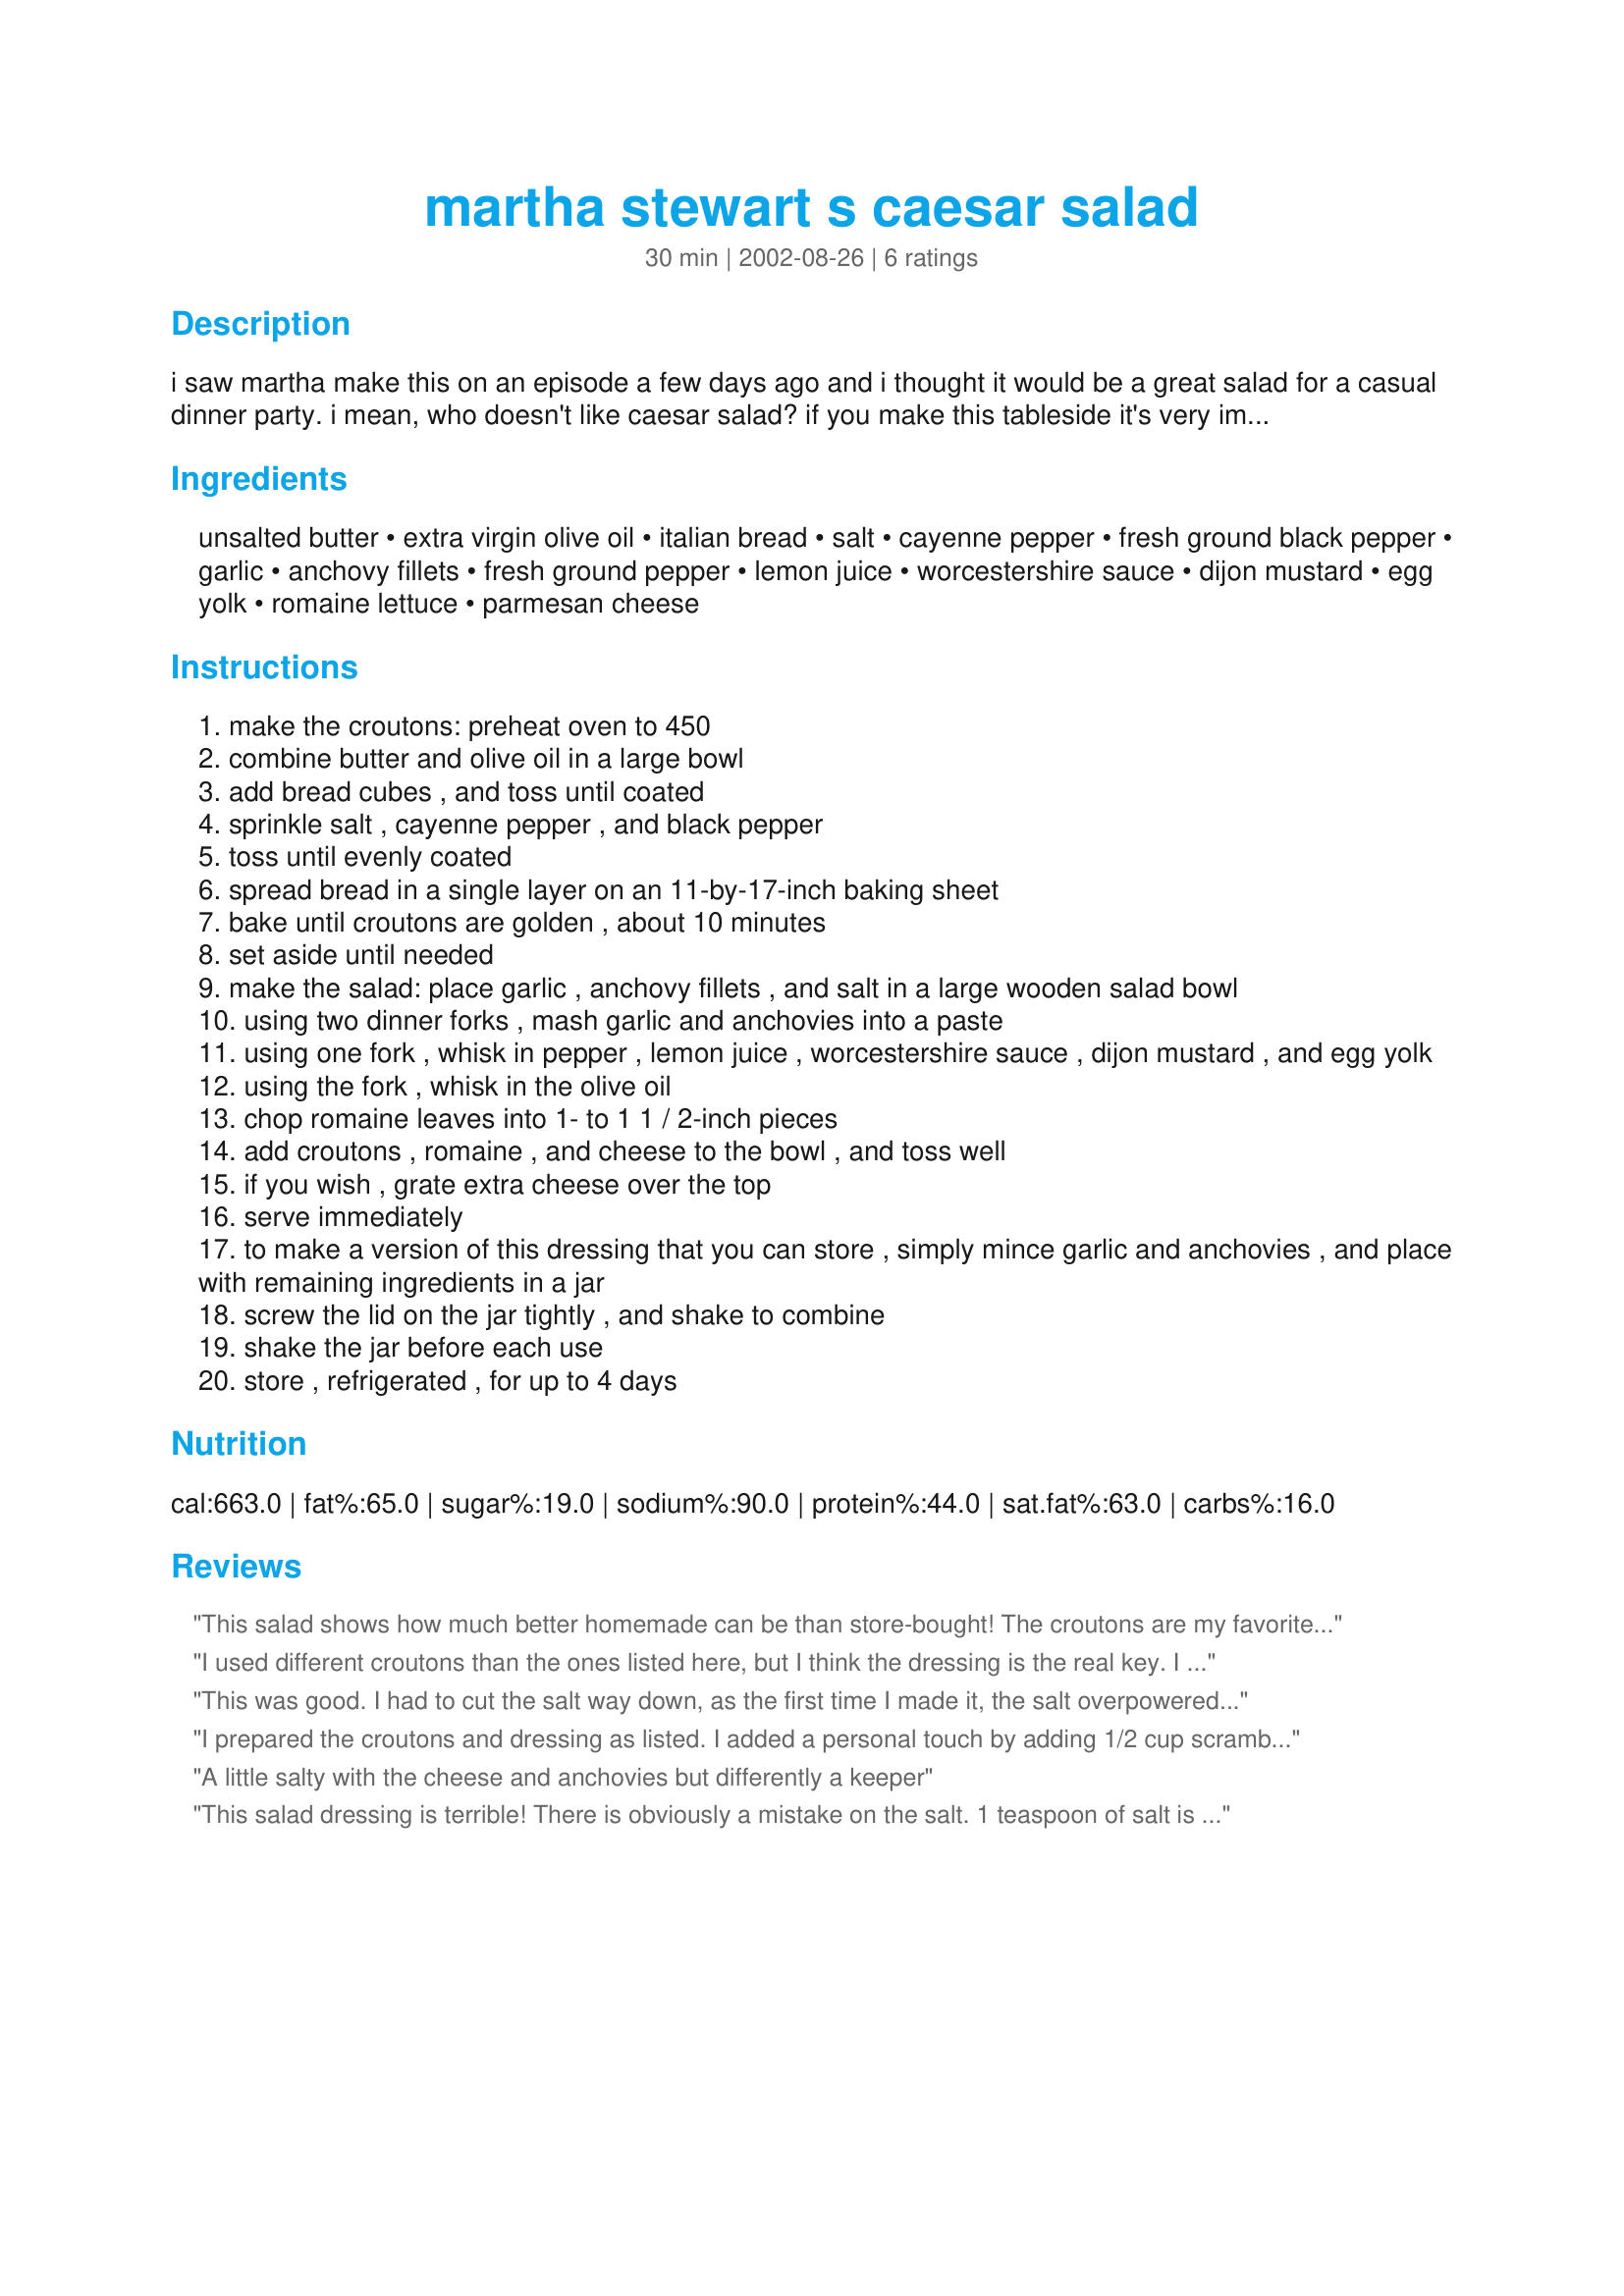
martha stewart s caesar salad
Preparation time: 30 minutes

i saw martha make this on an episode a few days ago and i thought it would be a great salad for a casual dinner party. i mean, who doesn't like caesar salad? if you make this tableside it's very impressive. if you prefer not to use the raw egg yolk in this recipe, substitute one tablespoon of store-bought mayonnaise. the croutons are best made as close to serving time as possible.

Ingredients:
unsalted butter, extra virgin olive oil, italian bread, salt, cayenne pepper, fresh ground black pepper, garlic, anchovy fillets, fresh ground pepper, lemon juice, worcestershire sauce, dijon mustard, egg yolk, romaine lettuce, parmesan cheese

Steps:
make the croutons: preheat oven to 450
combine butter and olive oil in a large bowl
add bread cubes , and toss until coated
sprinkle salt , cayenne pepper , and black pepper
toss until evenly coated
spread bread in a single layer on an 11-by-17-inch baking sheet
bake until croutons are golden , about 10 minutes
set aside until needed
make the salad: place garlic , anchovy fillets , and salt in a large wooden salad bowl
using two dinner forks , mash garlic and anchovies into a paste
using one fork , whisk in pepper , lemon juice , worcestershire sauce , dijon mustard , and egg yolk
using the fork , whisk in the olive oil
chop romaine leaves into 1- to 1 1 / 2-inch pieces
add croutons , romaine , and cheese to the bowl , and toss well
if you wish , grate extra cheese over the top
serve immediately
to make a version of this dressing that you can store , simply mince garlic and anchovies , and place with remaining ingredients in a jar
screw the lid on the jar tightly , and shake to combine
shake the jar before each use
store , refrigerated , for up to 4 days

Reviews:
This salad shows how much better homemade can be than store-bought! The croutons are my favorite part, but the dressing is also much better than any store or restaurant. Worth the extra time!
I used different croutons than the ones listed here, but I think the dressing is the real key. I was a little nervous about it because when I tasted it on its own, it tasted a little.. off. But once the salad was dressed with it- it tasted very authentic. Sharp and with a lot of depth, my guests loved it (and they were really scared of the anchovies!). I made the dressing as listed, but added some roasted garlic for background...a really good idea in my opinion. Thanks for this Erin.
This was good. I had to cut the salt way down, as the first time I made it, the salt overpowered the whole salad. The next time I made it, I out 1/4 tsp salt, and that worked much better. Thanks!
I prepared the croutons and dressing as listed. I added a personal touch by adding 1/2 cup scrambled eggs (cooked and cooled) into the salad when it was ready. I topped the salad with crumbled pan-fried bacon. Also, this salad would be superb wrapped in a pita with some chilled chicken pieces. Delicious!!!
A little salty with the cheese and anchovies but differently a keeper
This salad dressing is terrible! There is obviously a mistake on the salt. 1 teaspoon of salt is way too much and you can really taste the Worcestershire.
